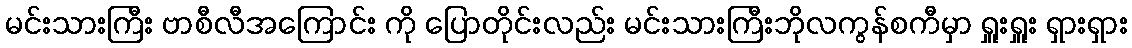
မင်းသားကြီး ဗာစီလီအကြောင်း ကို ပြောတိုင်းလည်း မင်းသားကြီးဘိုလကွန်စကီမှာ ရှူးရှူး ရှားရှား